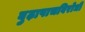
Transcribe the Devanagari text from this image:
बुढ़ापाचविरोधी